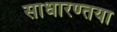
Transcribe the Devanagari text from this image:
साधारण्तया